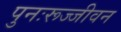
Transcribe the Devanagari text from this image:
पुनःरूज्जीवन